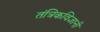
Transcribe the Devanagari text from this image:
तंत्रिकविज्ञानी